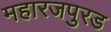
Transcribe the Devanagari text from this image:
महारजपुरड